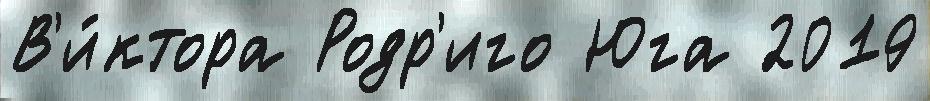
В'и́ктора Родр'иго Юга 2019